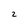
Character: 2